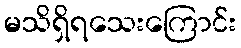
မသိရှိရသေးကြောင်း